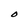
Character: O